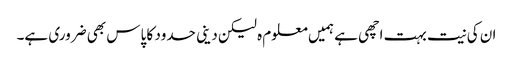
ان کی نیت بہت اچھی ہے ہمیں معلوم ہ لیکن دینی حدود کا پاس بھی ضروری ہے۔